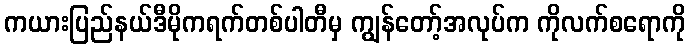
ကယားပြည်နယ်ဒီမိုကရက်တစ်ပါတီမှ ကျွန်တော့်အလုပ်က ကိုလက်စရောကို